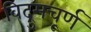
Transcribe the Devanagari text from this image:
विद्रुमचूर्ण